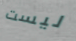
ليست